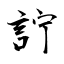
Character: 詝